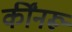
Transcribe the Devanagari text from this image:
कींनरू